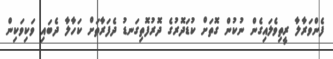
ފެންވަރާލާ ރީތިވެލައިގެން ނުކުން ގޮތަށް ކުޑަދޮރުގެ ދޮރުފޮތިގަނޑު ދެފަރާތަށް ކަހާލާ ދެބައި ވަކިވަކިން